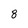
Character: 8